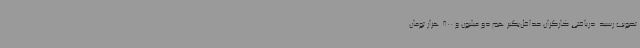
تصویب رسید. دریافتی کارگران حداقل‌بگیر هم دو میلیون و 800 هزار تومان